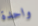
واحدة